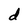
Character: d